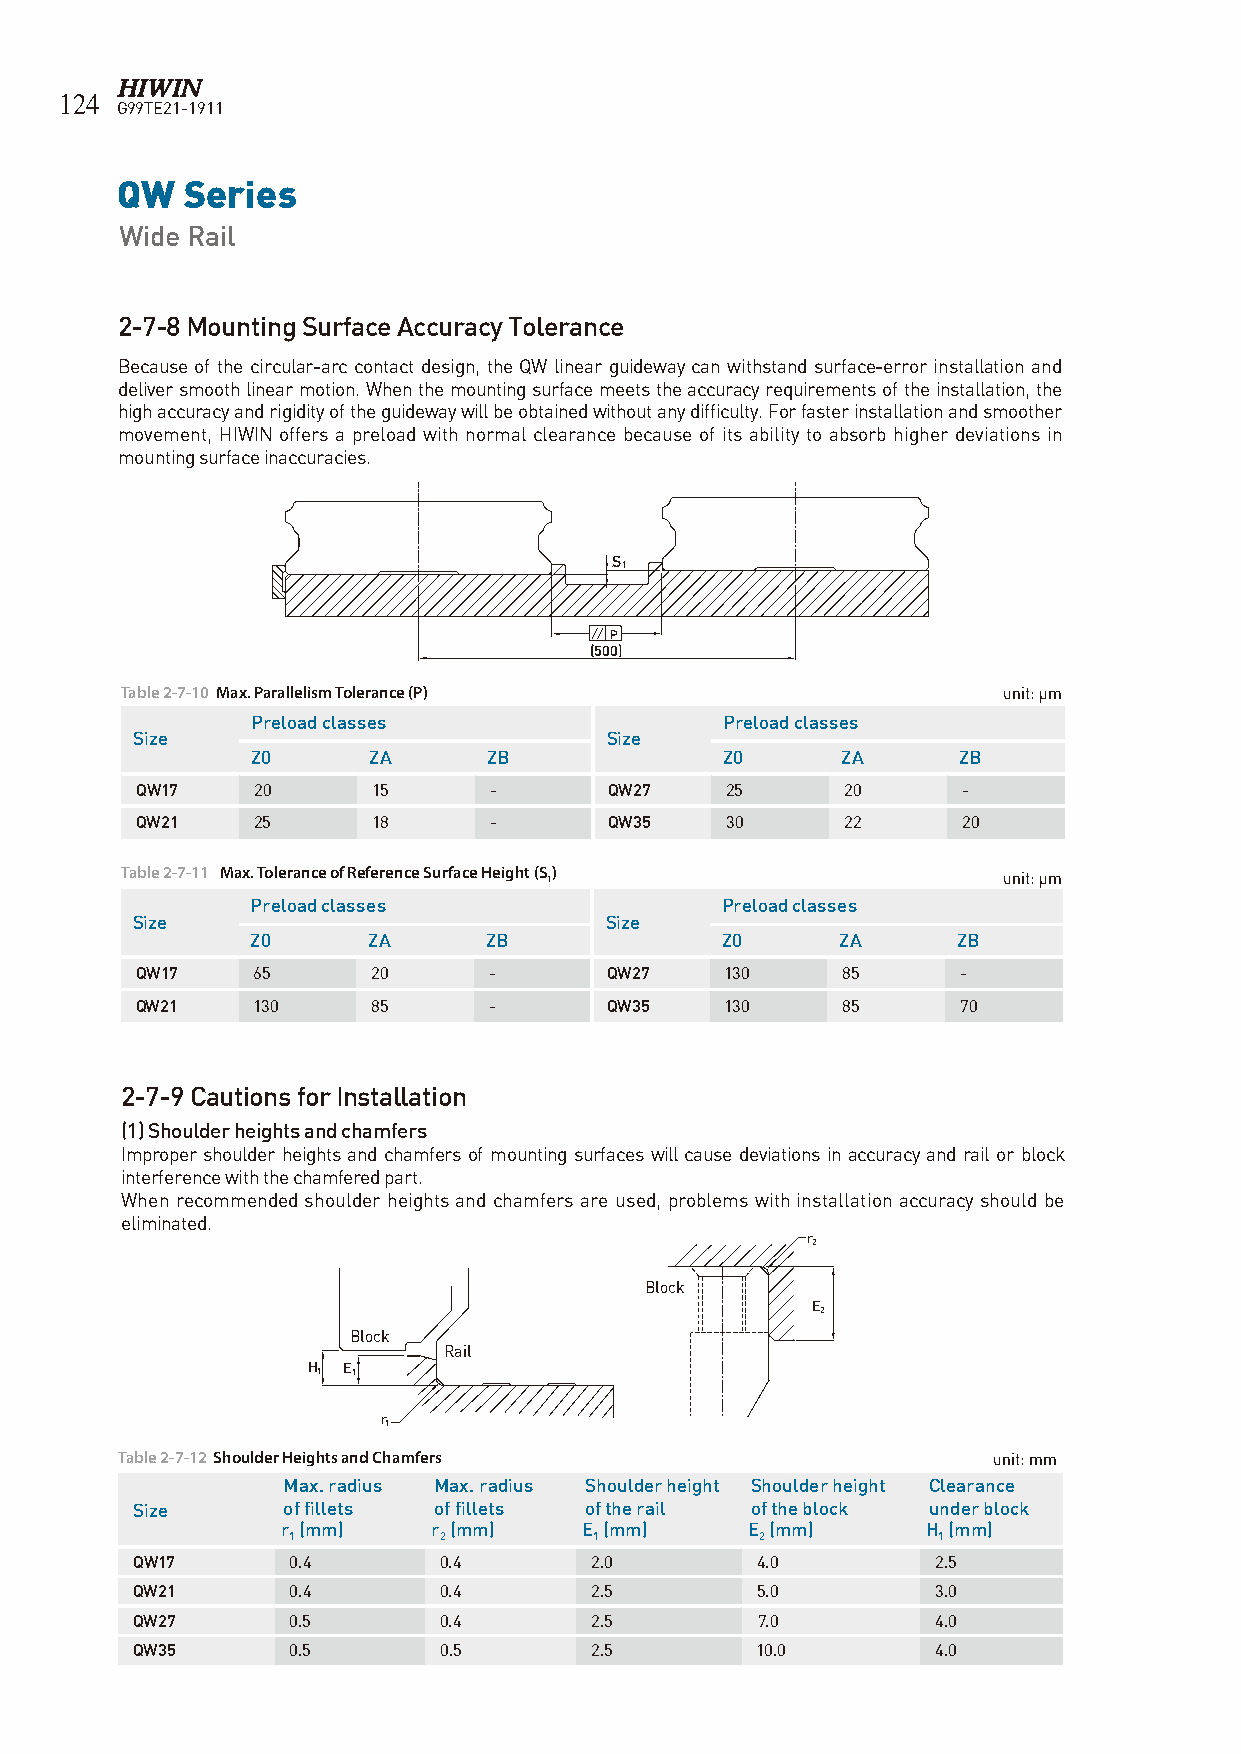
124
 G99TE21-1911
 QW  Series
 Wide Rail
 2-7-8 Mounting Surface Accuracy Tolerance
 Because of the circular-arc contact design, the QW linear guideway can withstand surface-error installation and
 deliver smooth linear motion. When the mounting surface meets the accuracy requirements of the installation, the
 high accuracy and rigidity of the guideway will be obtained without any difficulty. For faster installation and smoother
 movement, HIWIN offers a preload with normal clearance because of its ability to absorb higher deviations in
 mounting surface inaccuracies.
 S
 1
 P
 (500)
 Table 2-7-10 Max. Parallelism Tolerance (P)               unit: μm
 Preload classes                Preload classes
 Size                           Size
 Z0     ZA      ZB              Z0      ZA     ZB
 QW17    20      15     -       QW27    25      20      -
 QW21    25      18     -       QW35    30      22      20
 Table 2-7-11 Max. Tolerance of Reference Surface Height (S 1) unit: μm
 Preload classes                Preload classes
 Size                           Size
 Z0     ZA      ZB              Z0      ZA     ZB
 QW17    65      20     -       QW27    130     85      -
 QW21    130     85     -       QW35    130     85      70
 2-7-9 Cautions for Installation
 (1) Shoulder heights and chamfers
 Improper shoulder heights and chamfers of mounting surfaces will cause deviations in accuracy and rail or block
 interference with the chamfered part.
 When recommended shoulder heights and chamfers are used, problems with installation accuracy should be
 eliminated.
 r
 2
 Block
 E
 2
 Block
 Rail
 H 1 E 1
 r
 1
 Table 2-7-12 Shoulder Heights and Chamfers                unit: mm
 Max. radius Max. radius Shoulder height Shoulder height Clearance
 Size      of fillets of fillets of the rail of the block under block
 r (mm)    r (mm)    E (mm)    E (mm)      H (mm)
 1         2         1          2           1
 QW17      0.4       0.4       2.0        4.0         2.5
 QW21      0.4       0.4       2.5        5.0         3.0
 QW27      0.5       0.4       2.5        7.0         4.0
 QW35      0.5       0.5       2.5        10.0        4.0